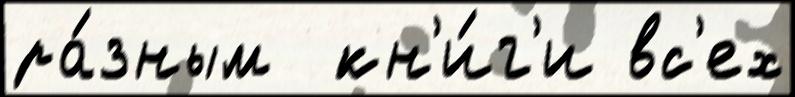
ра́зным  кн'и́г'и вс'ех